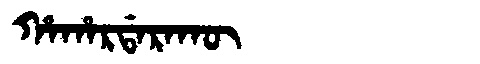
Manchu: ᡥᠠᡥᠠᡵᡩᠠᡵᠠᡴᡡ
Romanization: HAHARDARAKŪ